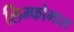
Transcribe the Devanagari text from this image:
लिम्‍फोमास